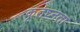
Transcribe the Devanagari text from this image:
कृतघ्नता